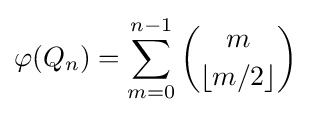
\varphi (Q_{n})=\sum _{m=0}^{n-1}{\binom {m}{\lfloor m/2\rfloor }}